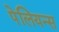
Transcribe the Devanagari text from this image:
पेलियन्स